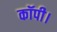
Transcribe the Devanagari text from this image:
कॉपी।